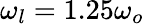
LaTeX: \omega_{l}=1.25\omega_{o}